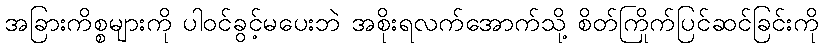
အခြားကိစ္စများကို ပါဝင်ခွင့်မပေးဘဲ အစိုးရလက်အောက်သို့ စိတ်ကြိုက်ပြင်ဆင်ခြင်းကို